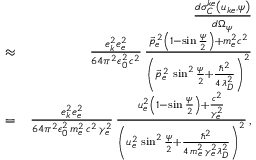
\begin{array} { r l r } & { } & { \frac { d \sigma _ { C } ^ { k e } \left( u _ { k e } , \psi \right) } { d \Omega _ { \psi } } } \\ & { \approx } & { \frac { e _ { k } ^ { 2 } e _ { e } ^ { 2 } } { 6 4 \pi ^ { 2 } \epsilon _ { 0 } ^ { 2 } \, c ^ { 2 } } \, \frac { \vec { p } _ { e } ^ { \, 2 } \left( 1 - \sin \frac { \psi } { 2 } \right) + m _ { e } ^ { 2 } c ^ { 2 } } { \left( \vec { p } _ { e } ^ { \, 2 } \, \sin ^ { 2 } \frac { \psi } { 2 } + \frac { \hbar ^ { 2 } } { 4 \, \lambda _ { D } ^ { 2 } } \right) ^ { 2 } } } \\ & { = } & { \frac { e _ { k } ^ { 2 } e _ { e } ^ { 2 } } { 6 4 \pi ^ { 2 } \epsilon _ { 0 } ^ { 2 } \, m _ { e } ^ { 2 } \, c ^ { 2 } \, \gamma _ { e } ^ { 2 } } \, \frac { u _ { e } ^ { 2 } \left( 1 - \sin \frac { \psi } { 2 } \right) + \frac { c ^ { 2 } } { \gamma _ { e } ^ { 2 } } } { \left( u _ { e } ^ { 2 } \, \sin ^ { 2 } \frac { \psi } { 2 } + \frac { \hbar ^ { 2 } } { 4 \, m _ { e } ^ { 2 } \, \gamma _ { e } ^ { 2 } \lambda _ { D } ^ { 2 } } \right) ^ { 2 } } \, , } \end{array}